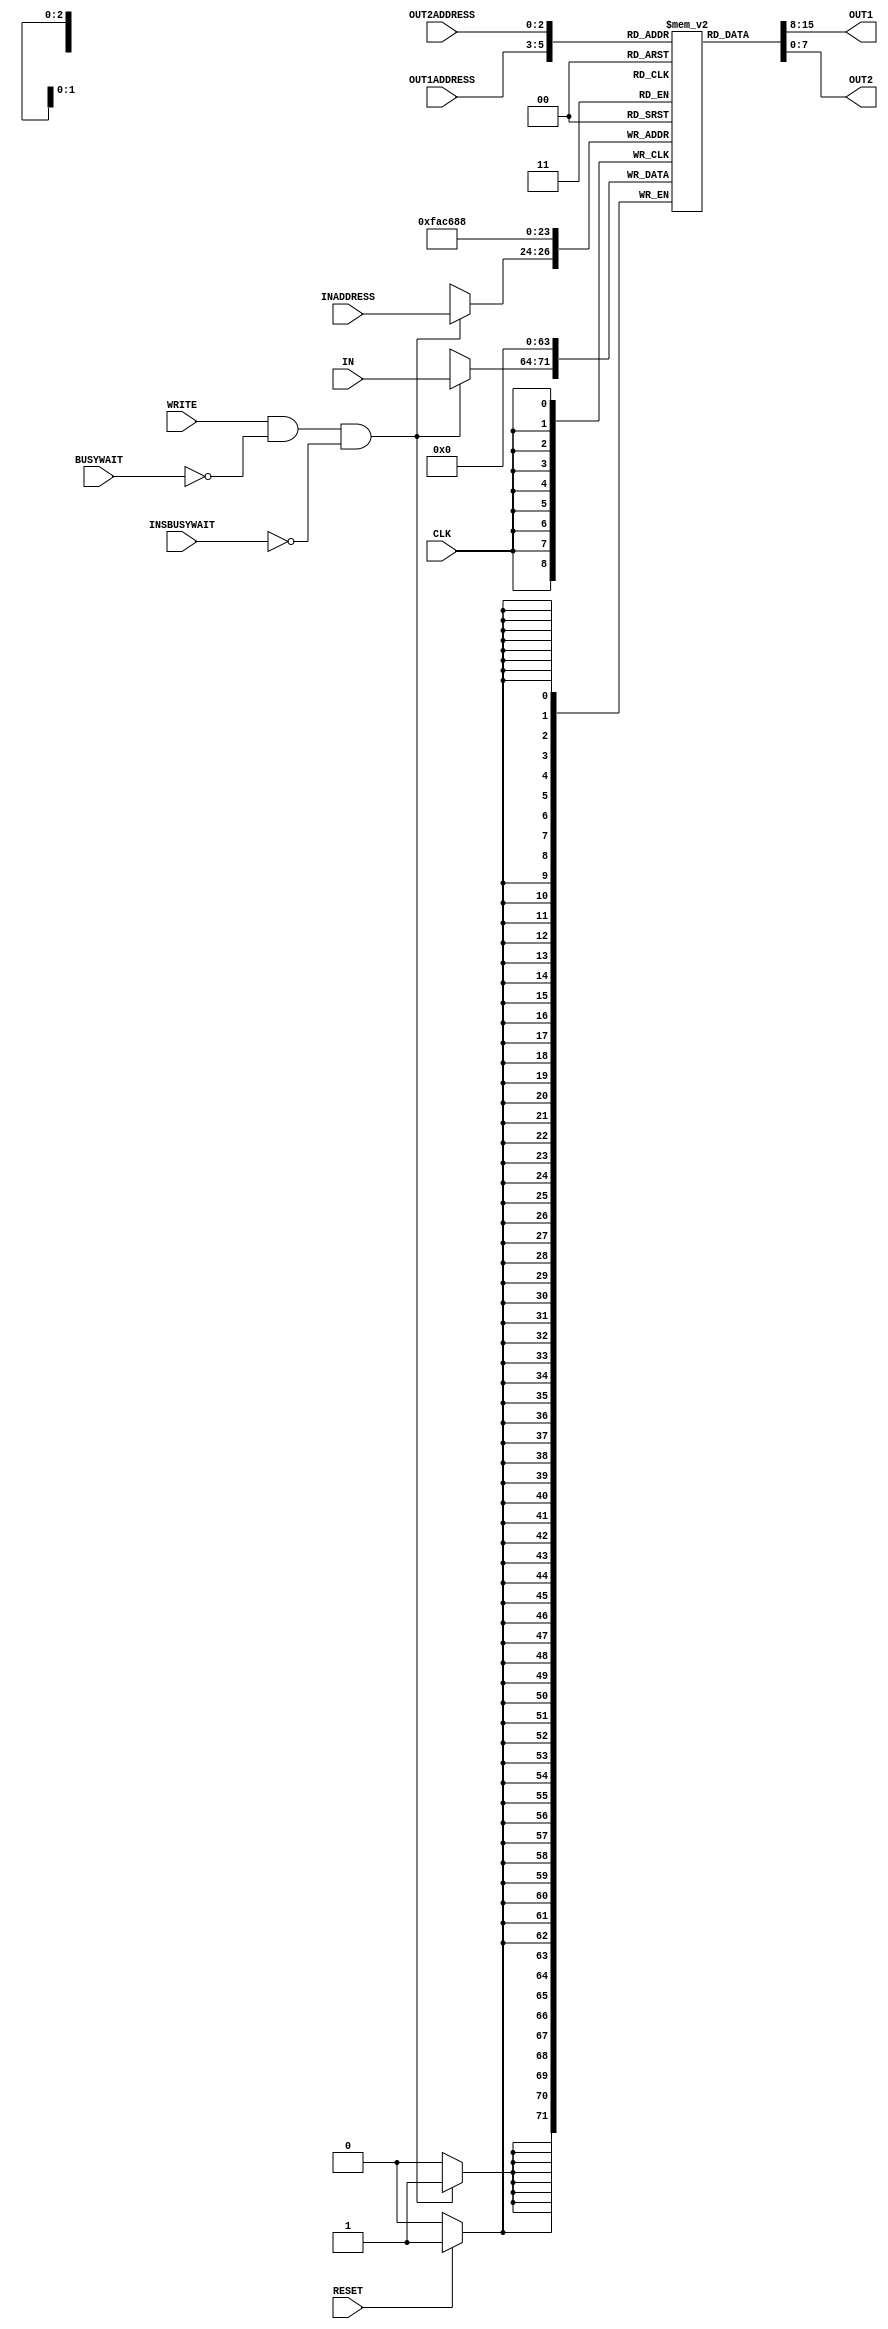
module reg_file (IN, OUT1 , OUT2, INADDRESS, OUT1ADDRESS , OUT2ADDRESS , WRITE , CLK , RESET,BUSYWAIT,INSBUSYWAIT); //Module for a REGISTER file

input [7:0] IN ;                                //8bit input port to get the input data
output [7:0] OUT1,OUT2;                         //2 8bit output ports to output the data
input  [2:0] INADDRESS,OUT1ADDRESS,OUT2ADDRESS ;//3 3bit input ports to input-address data
input WRITE,CLK,RESET;                          //3 input ports to get the write,clk and reset datas

reg [7:0] store [7:0] ;  
input BUSYWAIT,INSBUSYWAIT;                       //8 8bit registers to store data

initial
begin
#5;
$display("\\\\\\\\\\\\\\\\\\\\\\\\\\\\\\\\n\\\\\\\\\\\\\\\\\\\\\\\\\\\\\\\\t\\\\\\\\\\\\\\\\\\\\\\\\\\\\\\\\t\\\\\\\\\\\\\\\\\\\\\\\\\\\\\\\\t---------------------------------------------------------------\\\\\\\\\\\\\\\\\\\\\\\\\\\\\\\\n");
$display("\\\\\\\\\\\\\\\\\\\\\\\\\\\\\\\\t\\\\\\\\\\\\\\\\\\\\\\\\\\\\\\\\ttime\\\\\\\\\\\\\\\\\\\\\\\\\\\\\\\\treg0\\\\\\\\\\\\\\\\\\\\\\\\\\\\\\\\treg1\\\\\\\\\\\\\\\\\\\\\\\\\\\\\\\\treg2\\\\\\\\\\\\\\\\\\\\\\\\\\\\\\\\treg3\\\\\\\\\\\\\\\\\\\\\\\\\\\\\\\\treg4\\\\\\\\\\\\\\\\\\\\\\\\\\\\\\\\treg5\\\\\\\\\\\\\\\\\\\\\\\\\\\\\\\\treg6\\\\\\\\\\\\\\\\\\\\\\\\\\\\\\\\treg7\\\\\\\\\\\\\\\\\\\\\\\\\\\\\\\\n");
$display("\\\\\\\\\\\\\\\\\\\\\\\\\\\\\\\\n\\\\\\\\\\\\\\\\\\\\\\\\\\\\\\\\t\\\\\\\\\\\\\\\\\\\\\\\\\\\\\\\\t\\\\\\\\\\\\\\\\\\\\\\\\\\\\\\\\t---------------------------------------------------------------\\\\\\\\\\\\\\\\\\\\\\\\\\\\\\\\n");
$monitor($time, "\\\\\\\\\\\\\\\\\\\\\\\\\\\\\\\\t%d\\\\\\\\\\\\\\\\\\\\\\\\\\\\\\\\t%d\\\\\\\\\\\\\\\\\\\\\\\\\\\\\\\\t%d\\\\\\\\\\\\\\\\\\\\\\\\\\\\\\\\t%d\\\\\\\\\\\\\\\\\\\\\\\\\\\\\\\\t%d\\\\\\\\\\\\\\\\\\\\\\\\\\\\\\\\t%d\\\\\\\\\\\\\\\\\\\\\\\\\\\\\\\\t%d\\\\\\\\\\\\\\\\\\\\\\\\\\\\\\\\t%d",store[0],store[1],store[2],store[3],store[4],store[5],store[6],store[7]);
end


assign #2 OUT1= store[OUT1ADDRESS];   //after a time delay of two time units data in out1address register is read into the OUT1 port
assign #2 OUT2= store[OUT2ADDRESS];   //after a time delay of two time units data in out2address register is read into the OUT2 port

always @ (posedge  CLK ) //Always at a rising edge of  a clock the following code block is executed
 begin
 # 0.1
 if (WRITE && !BUSYWAIT && !INSBUSYWAIT)             //when write is enabaled
 	begin
	       #0.9  store[INADDRESS] = IN;  //fetch the data to the IN input and after a time delay of 1 time unit it is stored at the address of INADDRESS of the store register
	end
end


always @ (posedge  CLK ) //Always at a rising edge of  a clock the following code block is executed
 begin
if(RESET)           //if reset is enabled all the 8bit registers are set with zero
	begin 
	#1;
	      store[0]=    8'b00000000;
	      store[1]=    8'b00000000;
	      store[2]=    8'b00000000;
              store[3]=    8'b00000000;
	      store[4]=    8'b00000000;
	      store[5]=    8'b00000000;
	      store[6]=    8'b00000000;
	      store[7]=    8'b00000000;
	end
end
endmodule